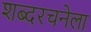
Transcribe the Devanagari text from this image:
शब्दरचनेला